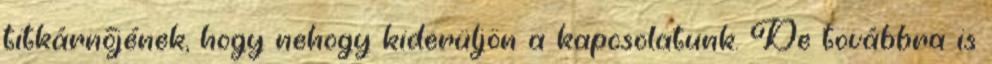
titkárnőjének, hogy nehogy kiderüljön a kapcsolatunk. De továbbra is